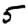
Digit: 5